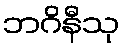
ဘဂိနီသု